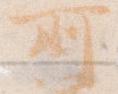
所